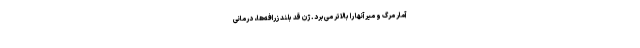
آمار مرگ و میر آنها را بالاتر می‌برد. ژن قد بلند زرافه‌ها، درمانی